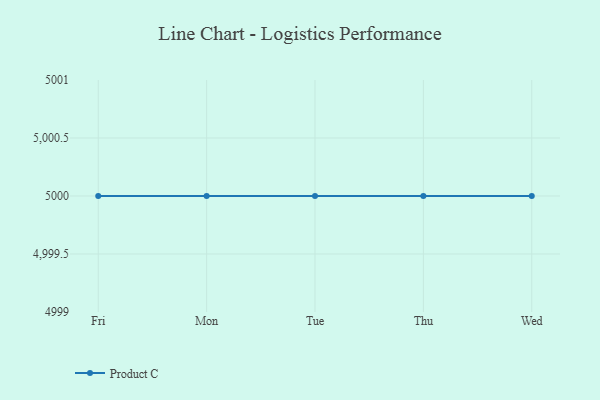
{"axis": {"x": "Day", "y": "Production Output"}, "legend": ["Product C"], "data": [{"x": "Fri", "y": 5000, "type": "Product C"}, {"x": "Mon", "y": 5000, "type": "Product C"}, {"x": "Tue", "y": 5000, "type": "Product C"}, {"x": "Thu", "y": 5000, "type": "Product C"}, {"x": "Wed", "y": 5000, "type": "Product C"}]}